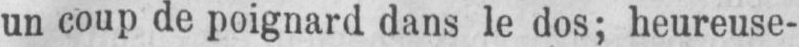
un coup de poignard dans le dos; heureuse-